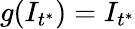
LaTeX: g(I_{t^{*}})=I_{t^{*}}